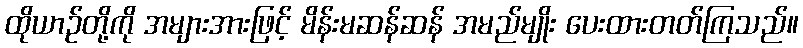
ထိုယာဉ်တို့ကို အများအားဖြင့် မိန်းမဆန်ဆန် အမည်မျိုး ပေးထားတတ်ကြသည်။